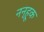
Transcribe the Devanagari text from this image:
नन्हूक